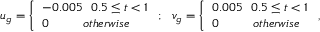
u _ { g } = \left\{ \begin{array} { l l } { - 0 . 0 0 5 \ \ 0 . 5 \leq t < 1 } \\ { 0 \ \ \qquad o t h e r w i s e } \end{array} \right. ; \ \ v _ { g } = \left\{ \begin{array} { l l } { 0 . 0 0 5 \ \ 0 . 5 \leq t < 1 } \\ { 0 \ \ \qquad o t h e r w i s e } \end{array} \right. ,